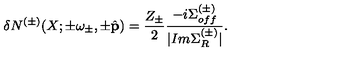
\delta N ^ { ( \pm ) } ( X ; \pm \omega _ { \pm } , \pm \hat { \bf p } ) = \frac { Z _ { \pm } } { 2 } \frac { - i \Sigma _ { o f f } ^ { ( \pm ) } } { | I m \Sigma _ { R } ^ { ( \pm ) } | } .